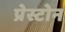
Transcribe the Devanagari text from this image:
प्रेस्टोन